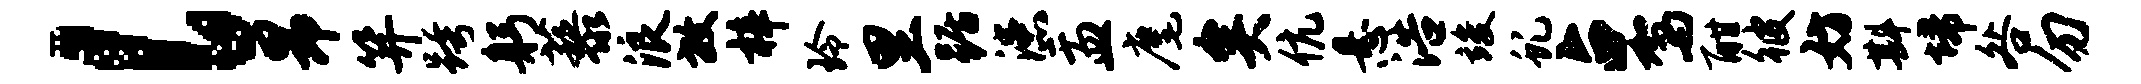
l昂笄跨躬藜浪放梓玲里踞漶盂麾矣伉悬浩竣虬占驾酣彼妨斟埽咎勿